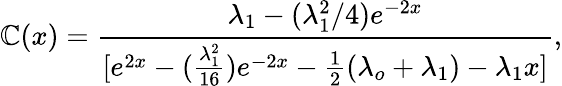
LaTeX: \mathbb{C}(x)=\frac{{\lambda_{1}-(\lambda_{1}^{2}/4)e^{-2x}}}{{[e^{2x}-(\frac{{\lambda_{1}^{2}}}{{16}})e^{-2x}-\frac{{1}}{{2}}(\lambda_{o}+\lambda_{1})-\lambda_{1}x]}},